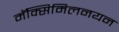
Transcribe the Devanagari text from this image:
मॅक्सिमिलनयन